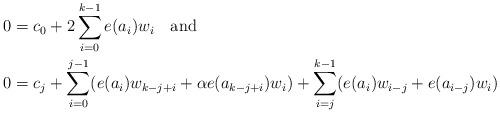
LaTeX: \begin{align*}0 & = c_0 + 2\sum_{i=0}^{k-1}e(a_i) w_i\quad\mbox{and} \\0 & = c_j + \sum_{i=0}^{j-1}(e(a_i) w_{k-j+i} + \alpha e(a_{k-j+i}) w_i) + \sum_{i=j}^{k-1}(e(a_i) w_{i-j} + e(a_{i-j}) w_i)\end{align*}